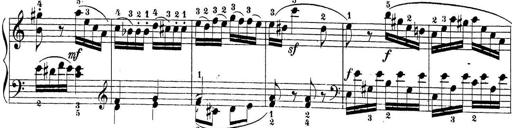
Title: Sonatina Album
Composer: Louis KÃ¶hler